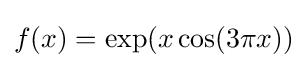
f(x)=\exp(x\cos(3\pi x))